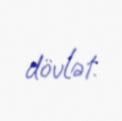
dövlət.